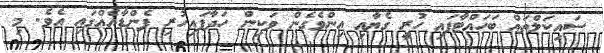
ސައިކަލްތައް ބަހައްޓާފައި ހުރީ ގެޔާއި އިންވެގެން ވަކިން ހަދާފައިހުރި ފެންޑާއެއްގައި އެވެ. މި